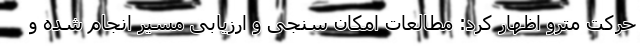
حرکت مترو اظهار کرد: مطالعات امکان سنجی و ارزیابی مسیر انجام شده و